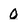
Character: O